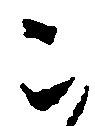
被